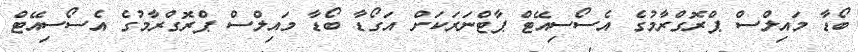
ބޯޑާ މައިލްސް ޕްރޮގްރާމުގެ އެސޯސިއޭޓް ޕާޓްނަރަކަށް އަގޯޑާ ބޯޑާ މައިލްސް ޕްރޮގްރާމުގެ އެސޯސިއޭޓް